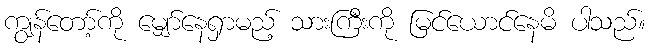
ကျွန်တော့်ကို မျှော်နေရှာမည့် သားကြီးကို မြင်ယောင်နေမိ ပါသည်။